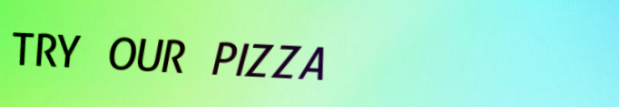
TRY OUR PIZZA